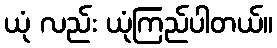
ယုံ လည်း ယုံကြည်ပါတယ်။